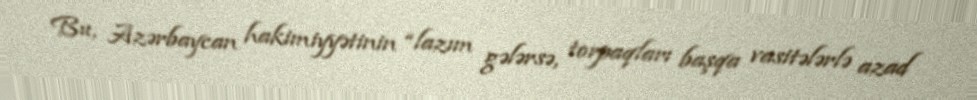
Bu, Azərbaycan hakimiyyətinin “lazım gələrsə, torpaqları başqa vasitələrlə azad